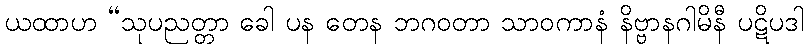
ယထာဟ “သုပညတ္တာ ခေါ ပန တေန ဘဂဝတာ သာဝကာနံ နိဗ္ဗာနဂါမိနီ ပဋိပဒါ